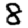
Digit: 8